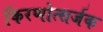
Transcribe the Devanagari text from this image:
किरणोत्सर्जक